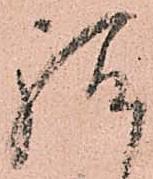
給